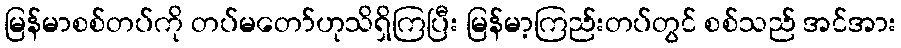
မြန်မာစစ်တပ်ကို တပ်မတော်ဟုသိရှိကြပြီး မြန်မာ့ကြည်းတပ်တွင် စစ်သည် အင်အား